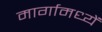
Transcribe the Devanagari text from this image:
मार्गामध्यें